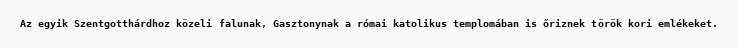
Az egyik Szentgotthárdhoz közeli falunak, Gasztonynak a római katolikus templomában is őriznek török kori emlékeket.